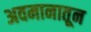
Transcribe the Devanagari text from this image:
अवमानातून